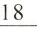
18